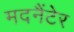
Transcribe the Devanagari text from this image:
मदनैंटेर